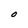
Character: O